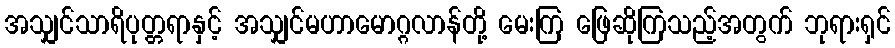
အသျှင်သာရိပုတ္တရာနှင့် အသျှင်မဟာမောဂ္ဂလာန်တို့ မေးကြ ဖြေဆိုကြသည့်အတွက် ဘုရားရှင်